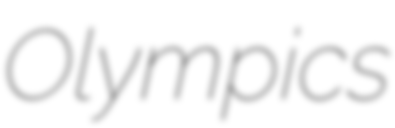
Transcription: Olympics